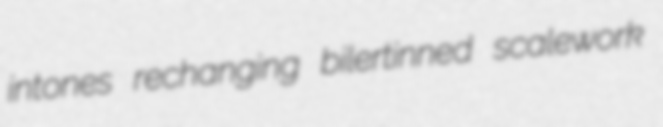
intones rechanging bilertinned scalework